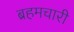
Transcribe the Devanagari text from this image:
ब्रहमचारी